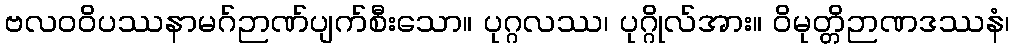
ဗလဝဝိပဿနာမဂ်ဉာဏ်ပျက်စီးသော။ ပုဂ္ဂလဿ၊ ပုဂ္ဂိုလ်အား။ ဝိမုတ္တိဉာဏဒဿနံ၊